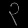
Digit: ၃